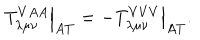
LaTeX: \left. T _ { \lambda \mu \nu } ^ { V A A } \right| _ { A T } = - \left. T _ { \lambda \mu \nu } ^ { V V V } \right| _ { A T } .